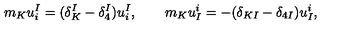
m _ { K } u _ { i } ^ { I } = ( \delta _ { K } ^ { I } - \delta _ { 4 } ^ { I } ) u _ { i } ^ { I } , \qquad m _ { K } u _ { I } ^ { i } = - ( \delta _ { K I } - \delta _ { 4 I } ) u _ { I } ^ { i } ,